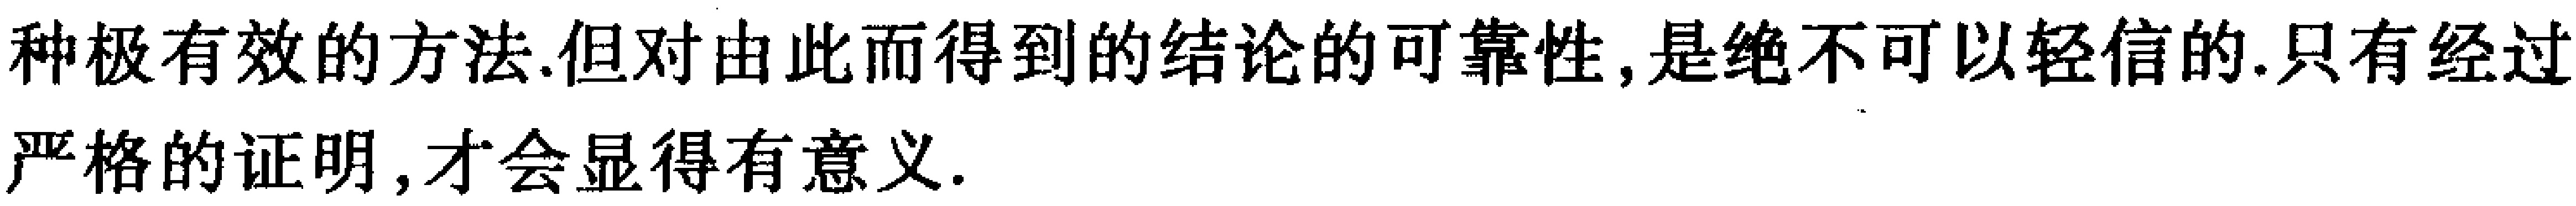
种极有效的方法.但对由此而得到的结论的可靠性,是绝不可以轻信的.只有经过严格的证明,才会显得有意义.